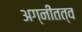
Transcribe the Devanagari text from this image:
अग्नीतत्व